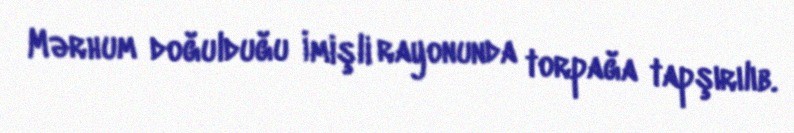
Mərhum doğulduğu İmişli rayonunda torpağa tapşırılıb.